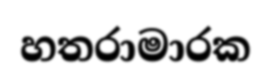
හතරාමාරක